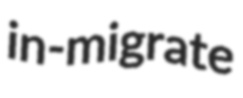
in-migrate